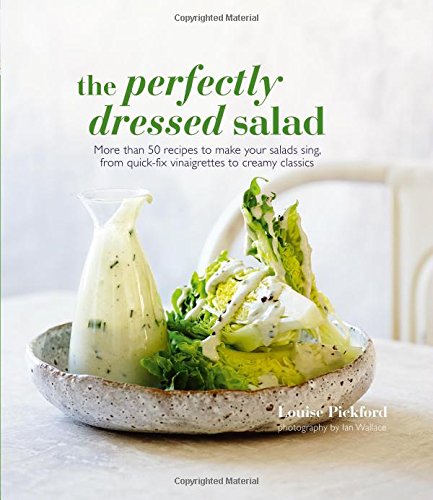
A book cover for The Perfectly Dressed Salad; Louise Pickford; Cookbooks, Food & Wine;